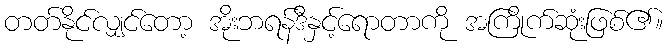
တတ်နိုင်လျှင်တော့ အိုးဘရန်ဒီနှင့်ရောတာကို အကြိုက်ဆုံးဖြစ်၏။